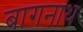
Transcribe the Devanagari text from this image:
बागनाथ